Annual returns of the Patna Lunatic Asylum at Bankipore in Bihar and Orissa - 1912-1924
Year: 1912
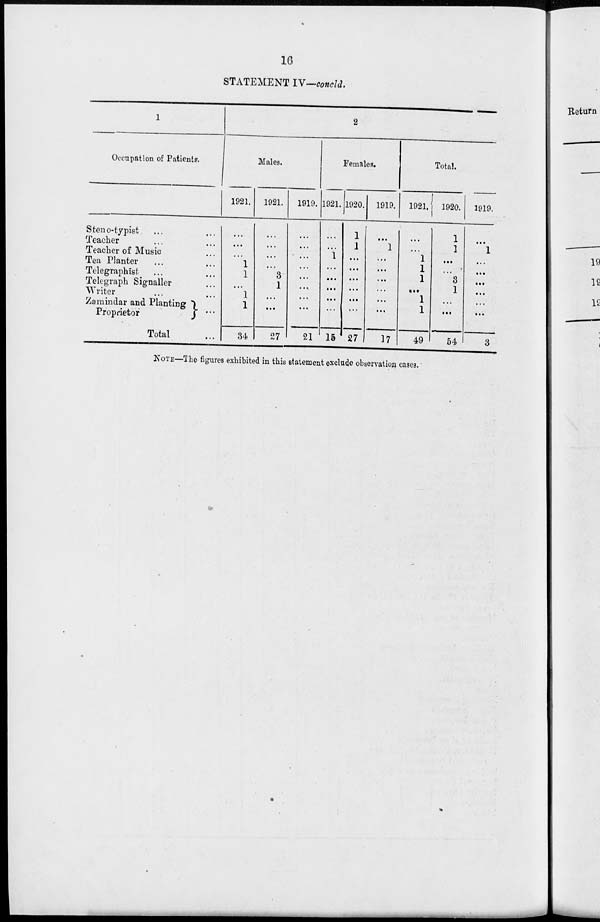
16
STATEMENT IV—concld.
1
Occupation of Patients.
Steno-typist ... ...
Teacher ... ...
Teacher of Music ...
Tea Planter ... ...
Telegraphist ... ...
Telegraph Signaller ...
Writer ... ...
Zamindar and Planting ...
Proprietor
Total ...
2
Males.
1921.
...
...
...
1
1
...
1
1
34
1921.
...
...
...
...
3
1
...
...
27
1919.
...
...
...
...
...
...
...
...
21
Females.
1921.
...
...
1
...
...
...
...
...
15
1920.
1
1
...
...
...
...
...
...
27
1919.
...
1
...
...
...
...
...
...
17
Total.
1921.
...
...
1
1
1
...
1
1
49
1920.
1
1
...
...
3
1
...
...
54
1919.
...
1
...
...
...
...
...
...
3
NOTE —The figures exhibited in this statement exclude observation cases.